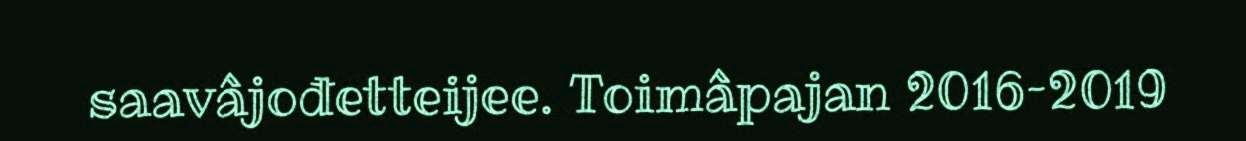
saavâjođetteijee. Toimâpajan 2016–2019